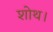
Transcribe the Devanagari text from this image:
शोथ।